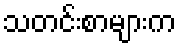
သတင်းစာများက